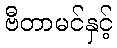
ဗီတာမင်နှင့်